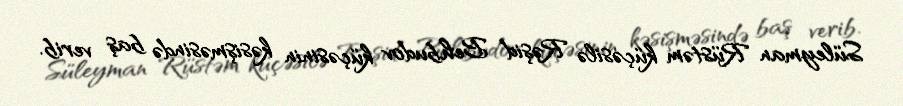
Süleyman Rüstəm küçəsilə Rəşid Behbudov küçəsinin kəsişməsində baş verib.